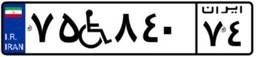
۷۵W۸۴۰۷۴